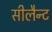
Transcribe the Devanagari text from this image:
सीलैन्ट